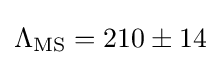
\Lambda _{\rm {MS}}=210\pm 14